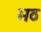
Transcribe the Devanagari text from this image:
भठ